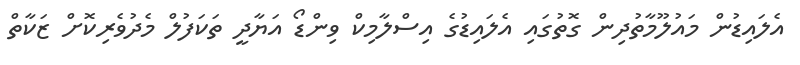
އެލައިޑުން މައުލޫމާތުދިން ގޮތުގައި އެލައިޑުގެ އިސްލާމިކް ވިންޑޯ އަޔާދީ ތަކަފުލް މެދުވެރިކޮށް ޒަކާތް